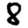
Digit: 8